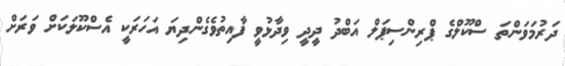
ދަރުމަވަންތަ ސްކޫލްގެ ޕްރިންސިޕަލް އަބްދު ދީދީ ވިދާޅުވީ ފާއިތުވެގެންދިޔަ އަހަރަކީ އެސްކޫލަކަށް ވަރަށް